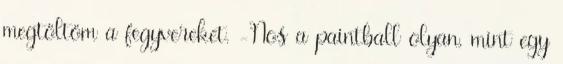
megtöltöm a fegyvereket. -Nos a paintball olyan, mint egy